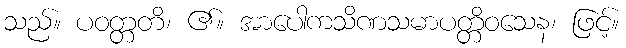
သည်။ ပဝတ္တတိ၊ ၏။ အာပေါကသိဏသမာပတ္တိဝသေန၊ ဖြင့်။